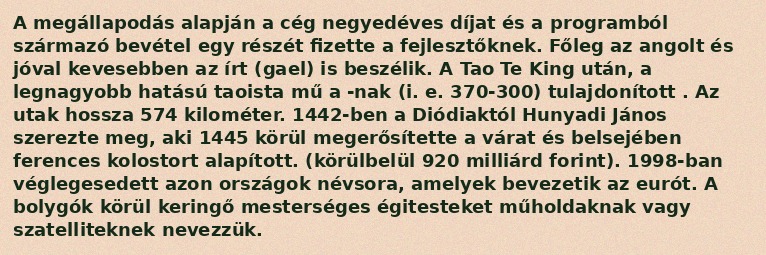
A megállapodás alapján a cég negyedéves díjat és a programból származó bevétel egy részét fizette a fejlesztőknek. Főleg az angolt és jóval kevesebben az írt (gael) is beszélik. A Tao Te King után, a legnagyobb hatású taoista mű a -nak (i. e. 370-300) tulajdonított . Az utak hossza 574 kilométer. 1442-ben a Diódiaktól Hunyadi János szerezte meg, aki 1445 körül megerősítette a várat és belsejében ferences kolostort alapított. (körülbelül 920 milliárd forint). 1998-ban véglegesedett azon országok névsora, amelyek bevezetik az eurót. A bolygók körül keringő mesterséges égitesteket műholdaknak vagy szatelliteknek nevezzük.